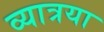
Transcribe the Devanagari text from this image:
व्यात्रया